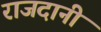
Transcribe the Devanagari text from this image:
राजदानी